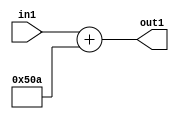
`timescale 1ps / 1ps
/*****************************************************************************
    Verilog RTL Description
    
    
    Created by: Stratus DpOpt 2019.1.01 
*******************************************************************************/

module DC_Filter_gen000001_4 (
	in1,
	out1
	); /* architecture "behavioural" */ 
input [8:0] in1;
output [11:0] out1;
wire [11:0] asc001;

assign asc001 = 
	+(in1)
	+(12'B010100001010);

assign out1 = asc001;
endmodule

/* CADENCE  ubH0Tw4= : u9/ySgnWtBlWxVPRXgAZ4Og= ** DO NOT EDIT THIS LINE ******/